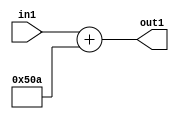
`timescale 1ps / 1ps
/*****************************************************************************
    Verilog RTL Description
    
    
    Created by: Stratus DpOpt 2019.1.01 
*******************************************************************************/

module DC_Filter_gen000001_4 (
	in1,
	out1
	); /* architecture "behavioural" */ 
input [8:0] in1;
output [11:0] out1;
wire [11:0] asc001;

assign asc001 = 
	+(in1)
	+(12'B010100001010);

assign out1 = asc001;
endmodule

/* CADENCE  ubH0Tw4= : u9/ySgnWtBlWxVPRXgAZ4Og= ** DO NOT EDIT THIS LINE ******/